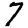
Digit: 7